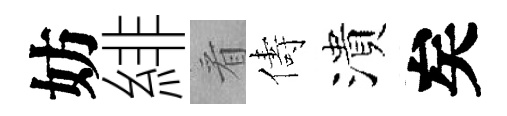
妨緋㸔儔潰矣